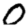
Digit: 0